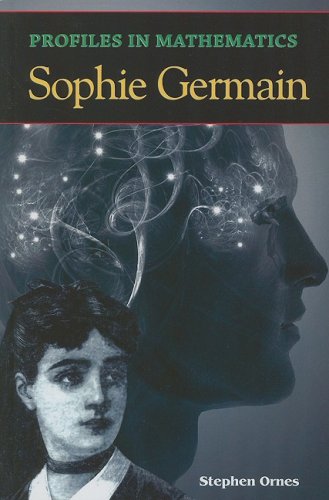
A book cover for Profiles in Mathematics: Sophie Germain; Stephen Ornes; Teen & Young Adult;